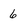
Character: 6